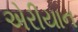
એરીયાન